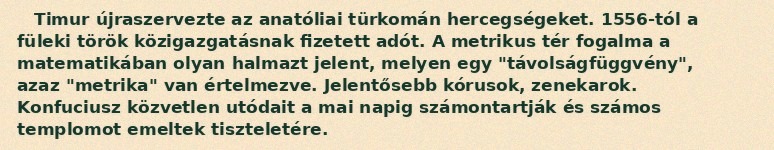
Timur újraszervezte az anatóliai türkomán hercegségeket. 1556-tól a füleki török közigazgatásnak fizetett adót. A metrikus tér fogalma a matematikában olyan halmazt jelent, melyen egy "távolságfüggvény", azaz "metrika" van értelmezve. Jelentősebb kórusok, zenekarok. Konfuciusz közvetlen utódait a mai napig számontartják és számos templomot emeltek tiszteletére.